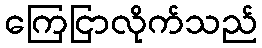
ကြေငြာလိုက်သည်